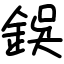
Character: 鋘